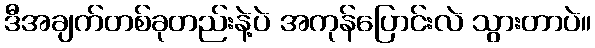
ဒီအချက်တစ်ခုတည်းနဲ့ပဲ အကုန်ပြောင်းလဲ သွားတာပဲ။